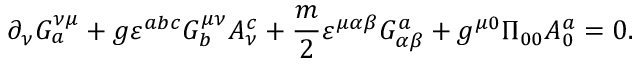
\partial _ { \nu } G _ { a } ^ { \nu \mu } + g \varepsilon ^ { a b c } G _ { b } ^ { \mu \nu } A _ { \nu } ^ { c } + \frac { m } { 2 } \varepsilon ^ { \mu \alpha \beta } G _ { \alpha \beta } ^ { a } + g ^ { \mu 0 } \Pi _ { 0 0 } A _ { 0 } ^ { a } = 0 .